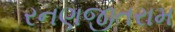
રનણજીતરામ